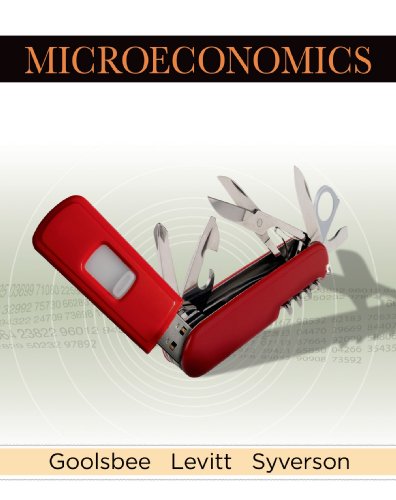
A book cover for Microeconomics; Austan Goolsbee; Business & Money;